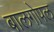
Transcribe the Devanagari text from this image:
बालगोपल